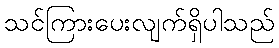
သင်ကြားပေးလျက်ရှိပါသည်